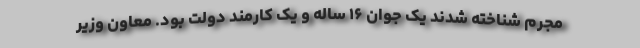
مجرم شناخته شدند یک جوان ۱۶ ساله و یک کارمند دولت بود. معاون وزیر